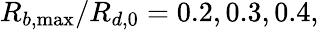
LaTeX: R_{b,\operatorname*{max}}/R_{d,0}=0.2,0.3,0.4,